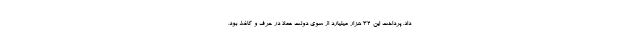
داد. پرداخت این 32 هزار میلیارد از سوی دولت عملا در حرف و کاغذ بود.